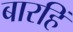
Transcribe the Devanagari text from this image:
बारहिं